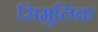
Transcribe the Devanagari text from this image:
सिमुलिंक